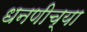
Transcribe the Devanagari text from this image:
धनणीच्या